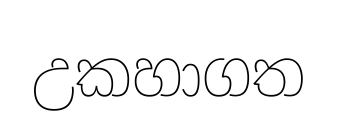
උකහාගත